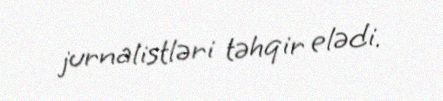
jurnalistləri təhqir elədi.